Civil Veterinary Department. Madras. Admin. report 1926-33 - 1926-1933
Year: 1926
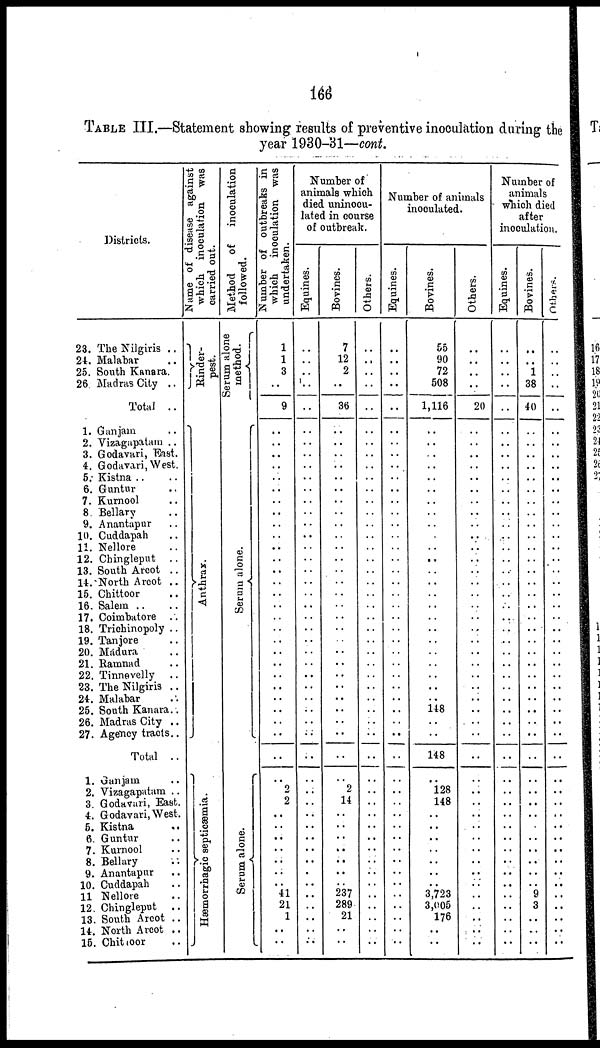
166
TABLE III.—Statement showing results of preventive inoculation during the
year 1930-31—cont.
Districts.
23. The Nilgiris ..
24. Malabar
25. South Kanara.
26 Madras City ..
Total ..
1. Ganjam ..
2. Vizagapatam ..
3. Godavari, East.
4. Godavari, West.
5. Kistna .. ..
6. Guntur ..
7. Kurnool ..
8. Bellary ..
9. Anantapur ..
10. Cuddapah ..
11. Nellore ..
12. Chingleput . .
13. South Arcot ..
14.North Arcot ..
15. Chittoor ..
16. Salem
17. Coimbatore ..
18. Trichinopoly ..
19. Tanjore ..
20. Madura
21. Ramnad ..
22. Tinnevelly
..
23. The Nilgiris ..
24. Malabar
25. South Kanara ..
26. Madras City ..
27. Agency tracts..
Total ..
1. Ganjam ..
2. Vizagapatam . .
3. Godavari, East.
4. Godavari, West.
5. Kistna ..
6. Guntur ..
7. Kurnool ..
8. Bellary ..
9. Anantapur ..
10. Cuddapah ..
11 Nellore ..
12. Chingleput ..
13. South Arcot ..
14. North Arcot ..
15. Chittoor ..
Name of disease against
which inoculation was
carried out.
Rinder-
pest.
Anthrax.
Hæmorrhagic septicæmia.
Method
of
inoculation
followed.
Serum alone
method.
Se r
um a l
one .
Serum alone.
Number of outbreaks in
which inoculation was
undertaken.
1
1
3
..
9
..
..
..
..
..
..
..
..
..
..
..
..
..
..
..
..
..
..
..
..
..
..
..
..
..
..
..
..
..
2
2
..
..
..
..
..
..
..
41
21
1
..
..
Number of
animals which
died uninocu-
lated in course
of outbreak.
Equines.
..
..
..
..
..
..
..
..
..
..
..
..
..
..
..
..
..
..
..
..
..
..
..
..
..
..
..
..
..
..
..
..
..
..
..
..
..
..
..
..
..
..
..
..
..
..
..
Bovines.
7
12
2
..
36
..
..
..
..
..
..
..
..
..
..
..
..
..
..
..
..
..
..
..
..
..
..
..
..
..
..
..
..
..
2
14
..
..
..
..
..
..
..
237
289
21
..
..
Others.
..
..
..
..
..
..
..
..
..
..
..
..
..
..
..
..
..
..
..
..
..
..
..
..
..
..
..
..
..
..
..
..
..
..
..
..
..
..
..
..
..
..
..
..
..
..
..
Number of animals
inoculated.
Equines.
..
..
..
..
..
..
..
Bovines.
55
90
72
508
1,116
..
..
..
..
..
..
..
..
..
..
..
..
..
..
..
..
..
..
..
..
..
..
..
..
148
..
..
148
..
128
148
..
..
..
..
..
..
..
3,723
3,005
176
..
..
Others.
..
..
..
20
..
..
..
..
..
..
..
..
..
..
..
..
..
..
..
..
..
..
..
..
..
..
..
..
..
..
..
..
..
..
..
..
..
..
..
..
..
..
..
..
..
..
..
Number of
animals
which died
after
inoculation.
Equines.
..
..
..
..
..
..
..
..
..
..
..
..
..
..
..
..
..
..
..
..
..
..
...
..
..
..
..
..
..
..
..
..
..
..
..
..
..
..
..
..
..
..
..
..
..
..
..
Bovines.
..
1
38
40
..
..
..
..
..
..
..
..
..
..
..
..
..
..
..
..
..
..
..
..
..
..
..
..
..
..
..
..
..
..
..
..
..
..
..
..
..
..
9
3
..
..
..
Others.
..
..
..
..
..
..
..
..
..
..
..
..
..
..
..
..
..
..
..
..
..
..
..
..
..
..
..
..
..
..
..
..
..
..
..
..
..
..
..
..
..
..
..
..
..
.